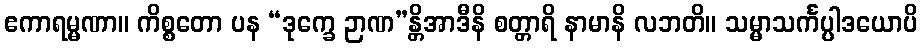
ဧကာရမ္မဏာ။ ကိစ္စတော ပန “ဒုက္ခေ ဉာဏ”န္တိအာဒီနိ စတ္တာရိ နာမာနိ လဘတိ။ သမ္မာသင်္ကပ္ပါဒယောပိ